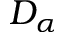
D _ { \alpha }